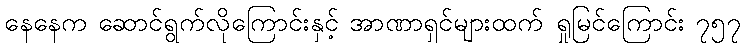
နေနေက ဆောင်ရွက်လိုကြောင်းနှင့် အာဏာရှင်များထက် ရှုမြင်ကြောင်း ၇၅၇